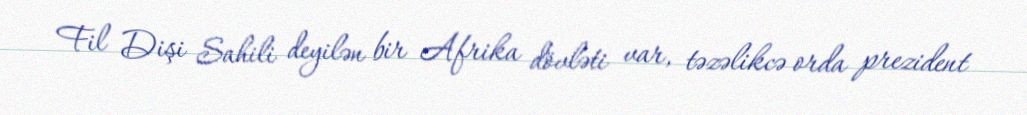
Fil Dişi Sahili deyilən bir Afrika dövləti var, təzəlikcə orda prezident